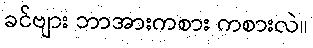
ခင်ဗျား ဘာအားကစား ကစားလဲ။